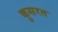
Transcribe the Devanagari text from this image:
कुसरत